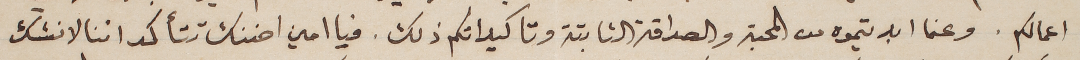
اعمالكم. وعما ابديتموه من المحبة والصداقة الثابتة وتاكيداتكم ذلك. فيا امين اضنك تتأكد اننا لا نشك